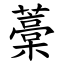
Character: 藁